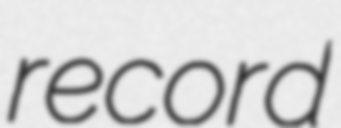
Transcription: record